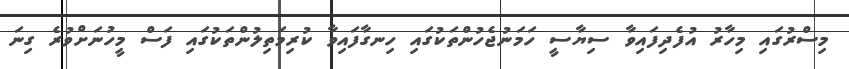
މިސްރުގައި މިހާރު އުފެދިފައިވާ ސިޔާސީ ހަމަނުޖެހުންތަކުގައި ހިނގާފައިވާ ކުރިމަތިލުންތަކުގައި ފަސް މީހުނަށްވުރެ ގިނަ